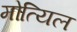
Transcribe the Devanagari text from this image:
मोत्यिल